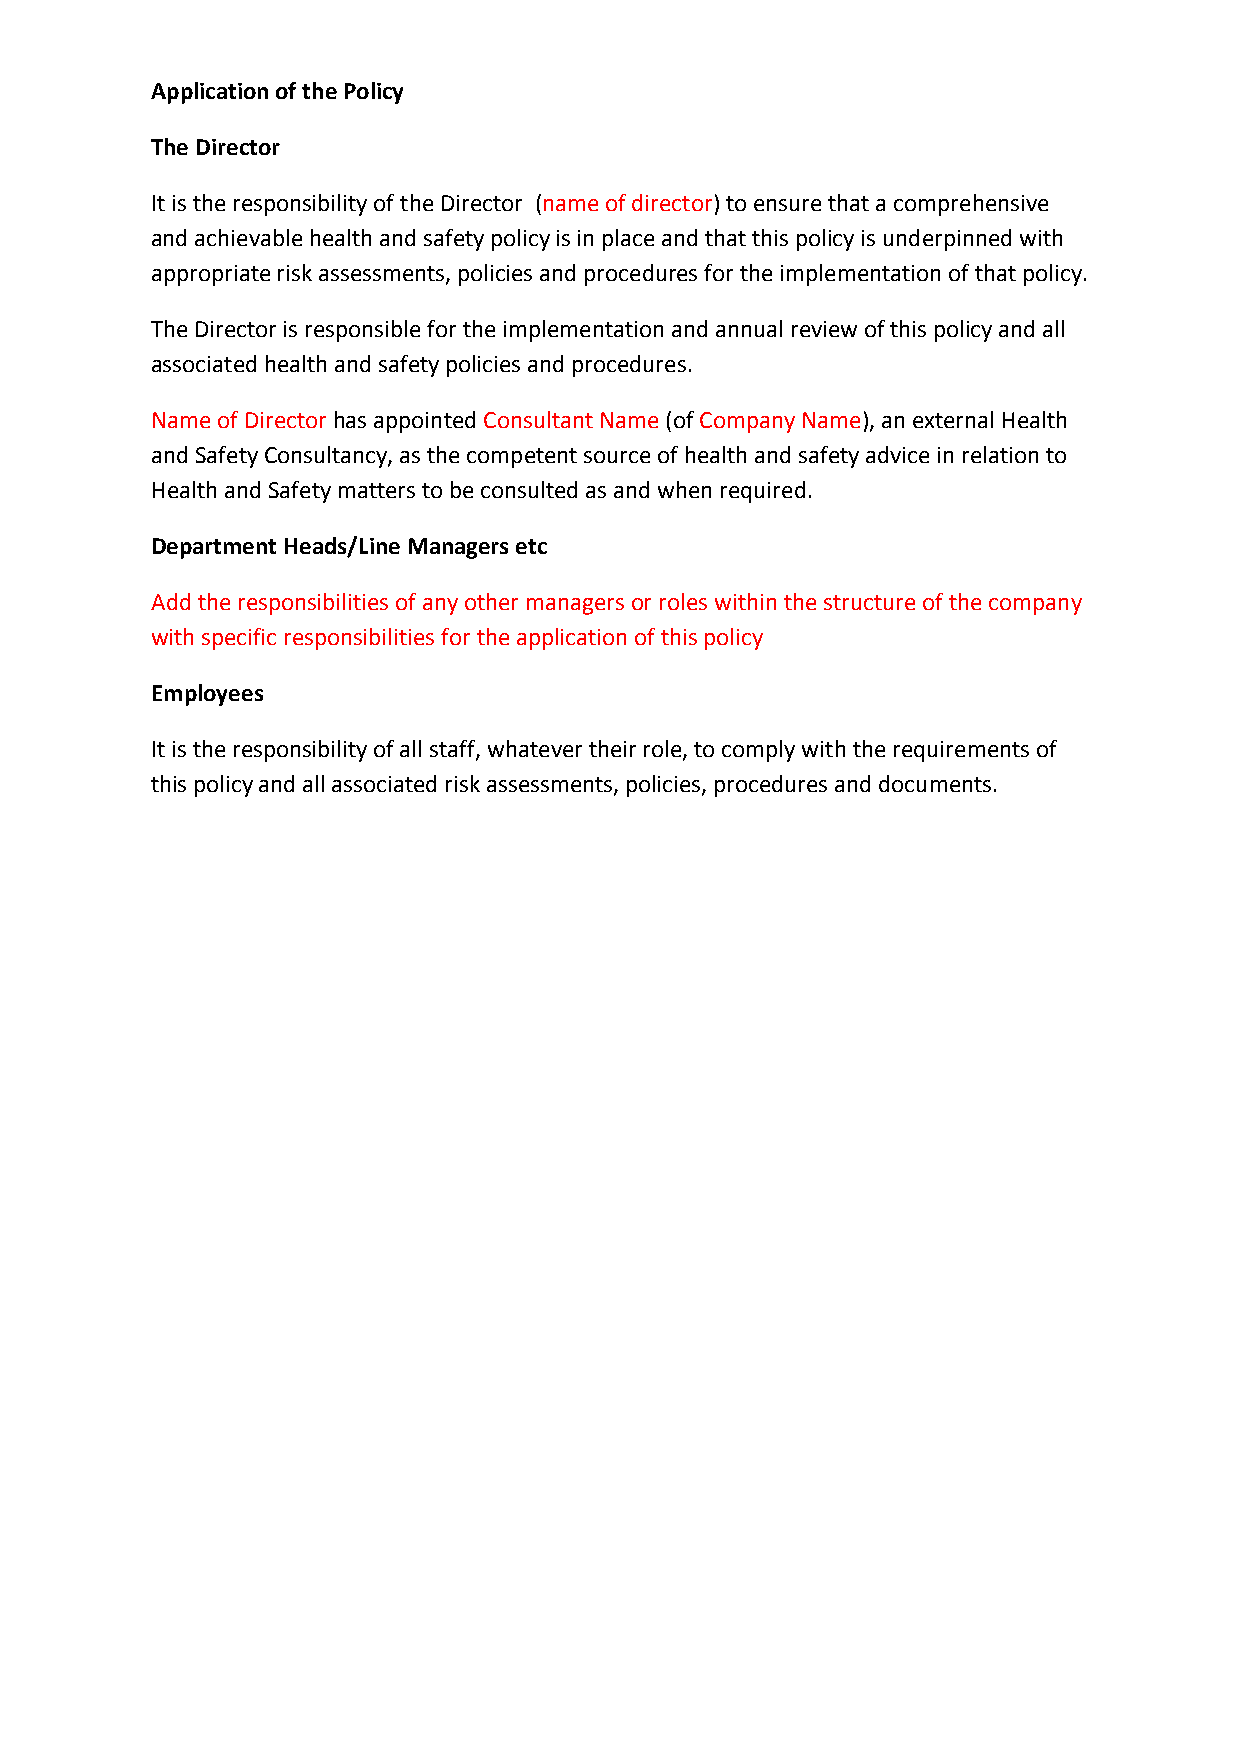
Application of the Policy
 The Director
 It is the responsibility of the Director (name of director) to ensure that a comprehensive
 and achievable health and safety policy is in place and that this policy is underpinned with
 appropriate risk assessments, policies and procedures for the implementation of that policy.
 The Director is responsible for the implementation and annual review of this policy and all
 associated health and safety policies and procedures.
 Name of Director has appointed Consultant Name (of Company Name), an external Health
 and Safety Consultancy, as the competent source of health and safety advice in relation to
 Health and Safety matters to be consulted as and when required.
 Department Heads/Line Managers etc
 Add the responsibilities of any other managers or roles within the structure of the company
 with specific responsibilities for the application of this policy
 Employees
 It is the responsibility of all staff, whatever their role, to comply with the requirements of
 this policy and all associated risk assessments, policies, procedures and documents.